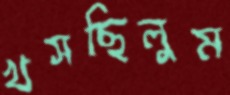
খসছিলুম